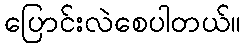
ပြောင်းလဲစေပါတယ်။